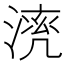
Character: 𣼠